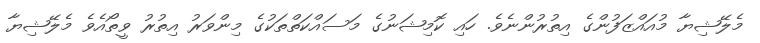
މެލޭޝިޔާ މުއައްޒަފުންގެ އިތުރުންނެވެ. ހައި ކޮމިޝަނުގެ މަސައްކަތްތަކުގެ މިންވަރު އިތުރު ވީތޯއެވެ މެލޭޝިޔާ